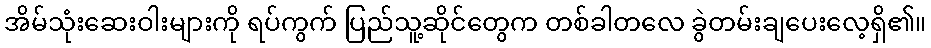
အိမ်သုံးဆေးဝါးများကို ရပ်ကွက် ပြည်သူ့ဆိုင်တွေက တစ်ခါတလေ ခွဲတမ်းချပေးလေ့ရှိ၏။